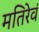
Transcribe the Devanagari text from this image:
मतिरेवं